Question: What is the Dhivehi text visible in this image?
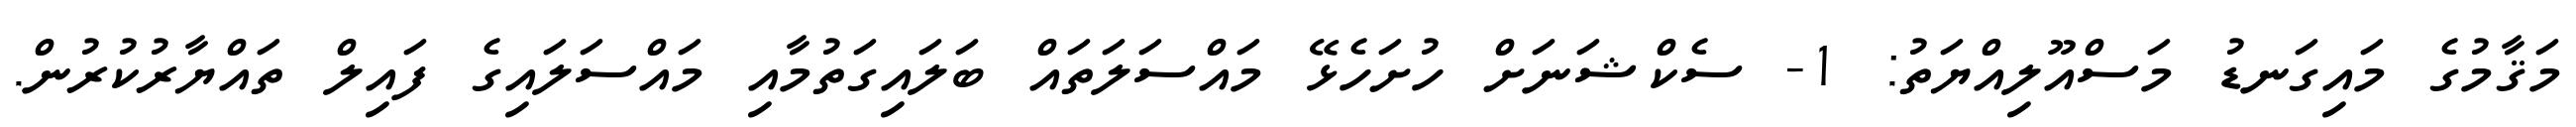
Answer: މަޤާމުގެ މައިގަނޑު މަސްއޫލިއްޔަތު: 1- ސެކްޝަނަށް ހުށަހެޅޭ މައްސަލަތައް ބަލައިގަތުމާއި މައްސަލައިގެ ފައިލް ތައްޔާރުކުރުން.